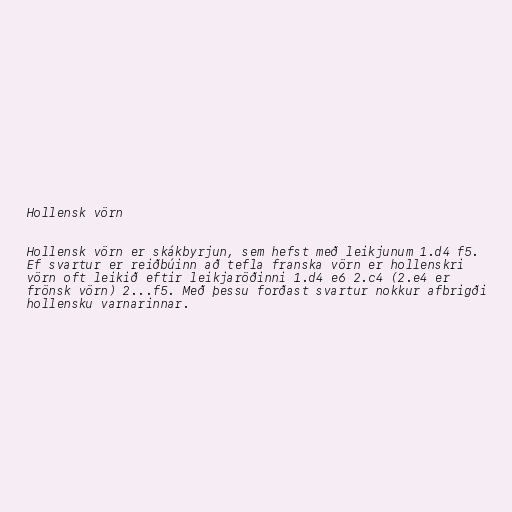
Hollensk vörn

Hollensk vörn er skákbyrjun, sem hefst með leikjunum 1.d4 f5.
Ef svartur er reiðbúinn að tefla franska vörn er hollenskri
vörn oft leikið eftir leikjaröðinni 1.d4 e6 2.c4 (2.e4 er
frönsk vörn) 2...f5. Með þessu forðast svartur nokkur afbrigði
hollensku varnarinnar.